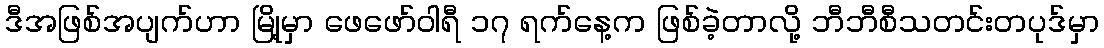
ဒီအဖြစ်အပျက်ဟာ မြို့မှာ ဖေဖော်ဝါရီ ၁၇ ရက်နေ့က ဖြစ်ခဲ့တာလို့ ဘီဘီစီသတင်းတပုဒ်မှာ